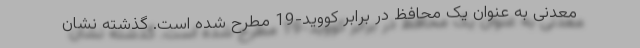
معدنی به عنوان یک محافظ در برابر کووید-19 مطرح شده است. گذشته نشان